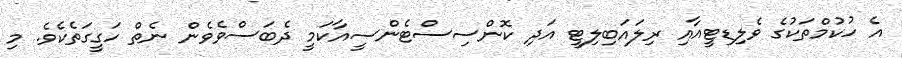
އެ ހުކުމްތަކުގެ ވެލިޑިޓީއާއި ރިލައަބިލިޓީ އަދި ކޮންސިސްޓެންސީއާކަމީ ދެބަސްވެވެން ނެތް ހަގީގަތެކެވެ. މި